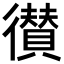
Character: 𢖑